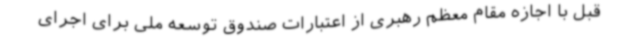
قبل با اجازه مقام معظم رهبری از اعتبارات صندوق توسعه ملی برای اجرای